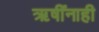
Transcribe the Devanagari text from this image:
ऋषींनाही